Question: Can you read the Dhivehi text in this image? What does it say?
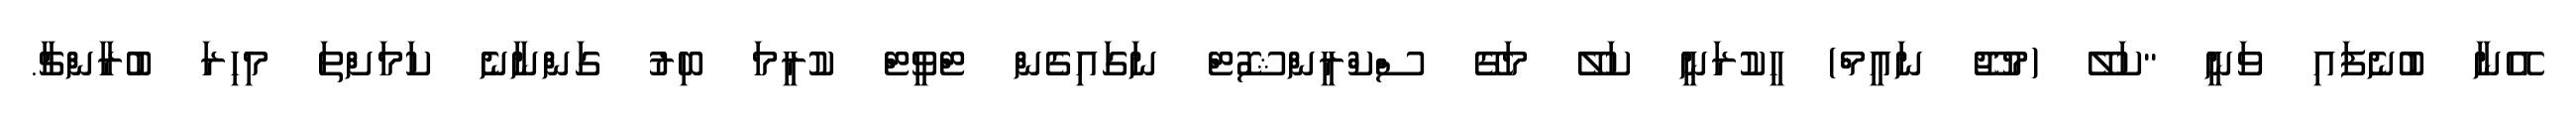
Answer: އޭނާ ބުނެފައި ވަނީ "ކަލޭ (މުޖޫ ނައީމް) ހީކުރަނީ ކަލޭ މަގޭ ސްކްރީންޝޮޓް ނަގައިގެން ޓްވީޓް ކުރީމަ ބިރު ގަންނާނެ ކަމަށްތަ މިހިރަ ބުރާންޗާ.